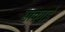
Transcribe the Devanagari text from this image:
साकाई